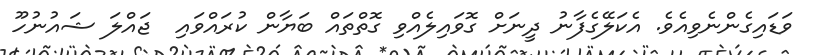
ވަޑައިގެންނެވިއެވެ. އެކަލޭގެފާނު ދީނަށް ގޮވައިލެއްވި ގޮތްތައް ބަޔާން ކުރައްވައި  ޖައްލަ ޝައުނުހޫ